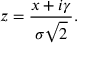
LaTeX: z = { \frac { x + i \gamma } { \sigma { \sqrt { 2 } } } } .